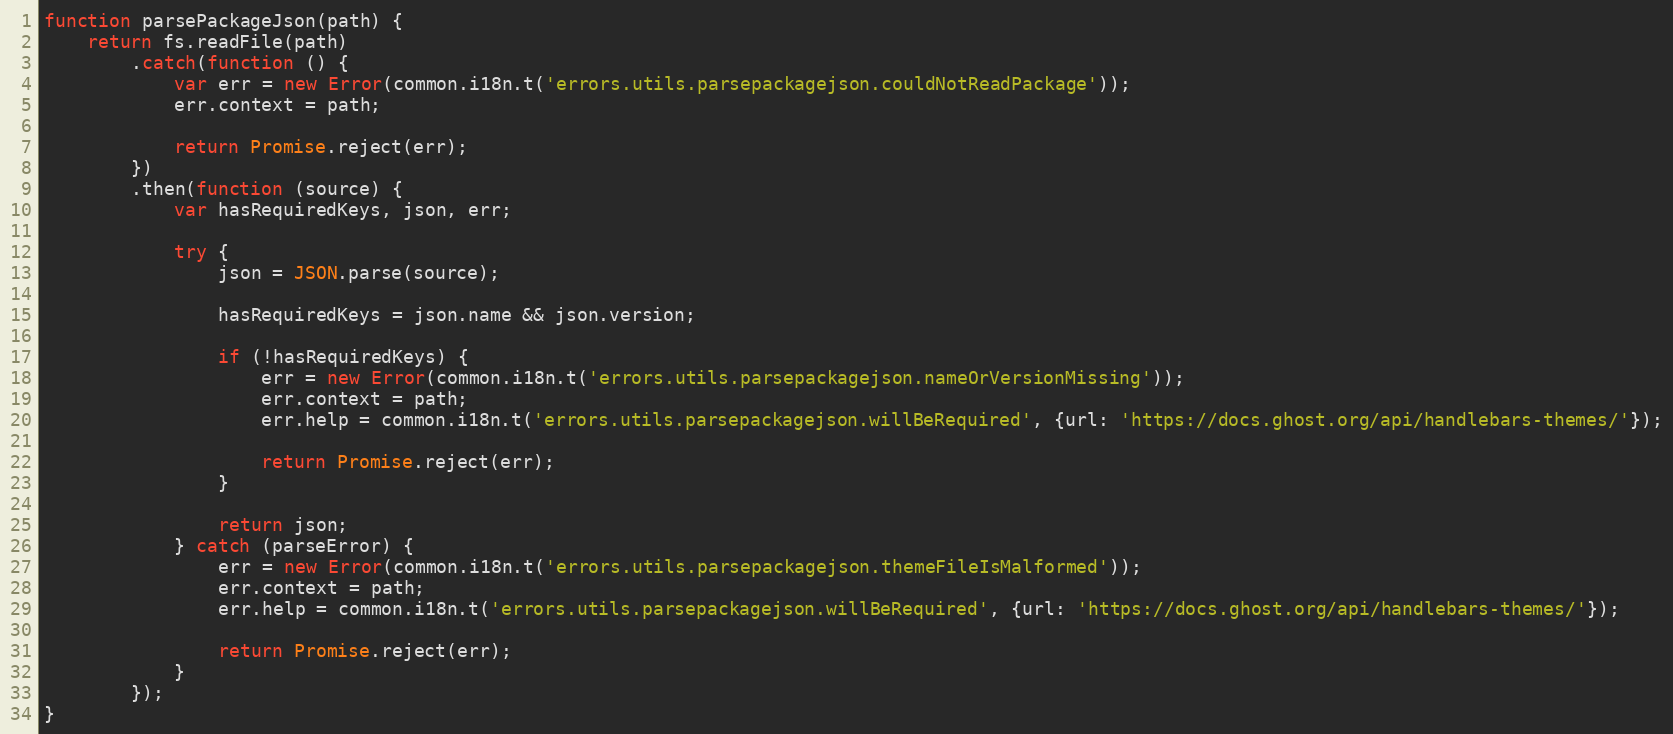
Language: JavaScript
function parsePackageJson(path) {
    return fs.readFile(path)
        .catch(function () {
            var err = new Error(common.i18n.t('errors.utils.parsepackagejson.couldNotReadPackage'));
            err.context = path;

            return Promise.reject(err);
        })
        .then(function (source) {
            var hasRequiredKeys, json, err;

            try {
                json = JSON.parse(source);

                hasRequiredKeys = json.name && json.version;

                if (!hasRequiredKeys) {
                    err = new Error(common.i18n.t('errors.utils.parsepackagejson.nameOrVersionMissing'));
                    err.context = path;
                    err.help = common.i18n.t('errors.utils.parsepackagejson.willBeRequired', {url: 'https://docs.ghost.org/api/handlebars-themes/'});

                    return Promise.reject(err);
                }

                return json;
            } catch (parseError) {
                err = new Error(common.i18n.t('errors.utils.parsepackagejson.themeFileIsMalformed'));
                err.context = path;
                err.help = common.i18n.t('errors.utils.parsepackagejson.willBeRequired', {url: 'https://docs.ghost.org/api/handlebars-themes/'});

                return Promise.reject(err);
            }
        });
}